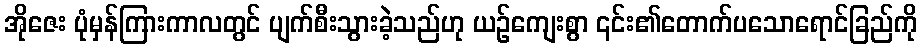
အိုဇေး ပုံမှန်ကြားကာလတွင် ပျက်စီးသွားခဲ့သည်ဟု ယဉ်ကျေးစွာ ၎င်း၏တောက်ပသောရောင်ခြည်ကို